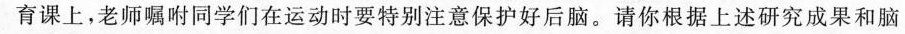
体育课上，老师嘱咐同学们在运动时要特别注意保护好后脑。请你根据上述研究成果和脑